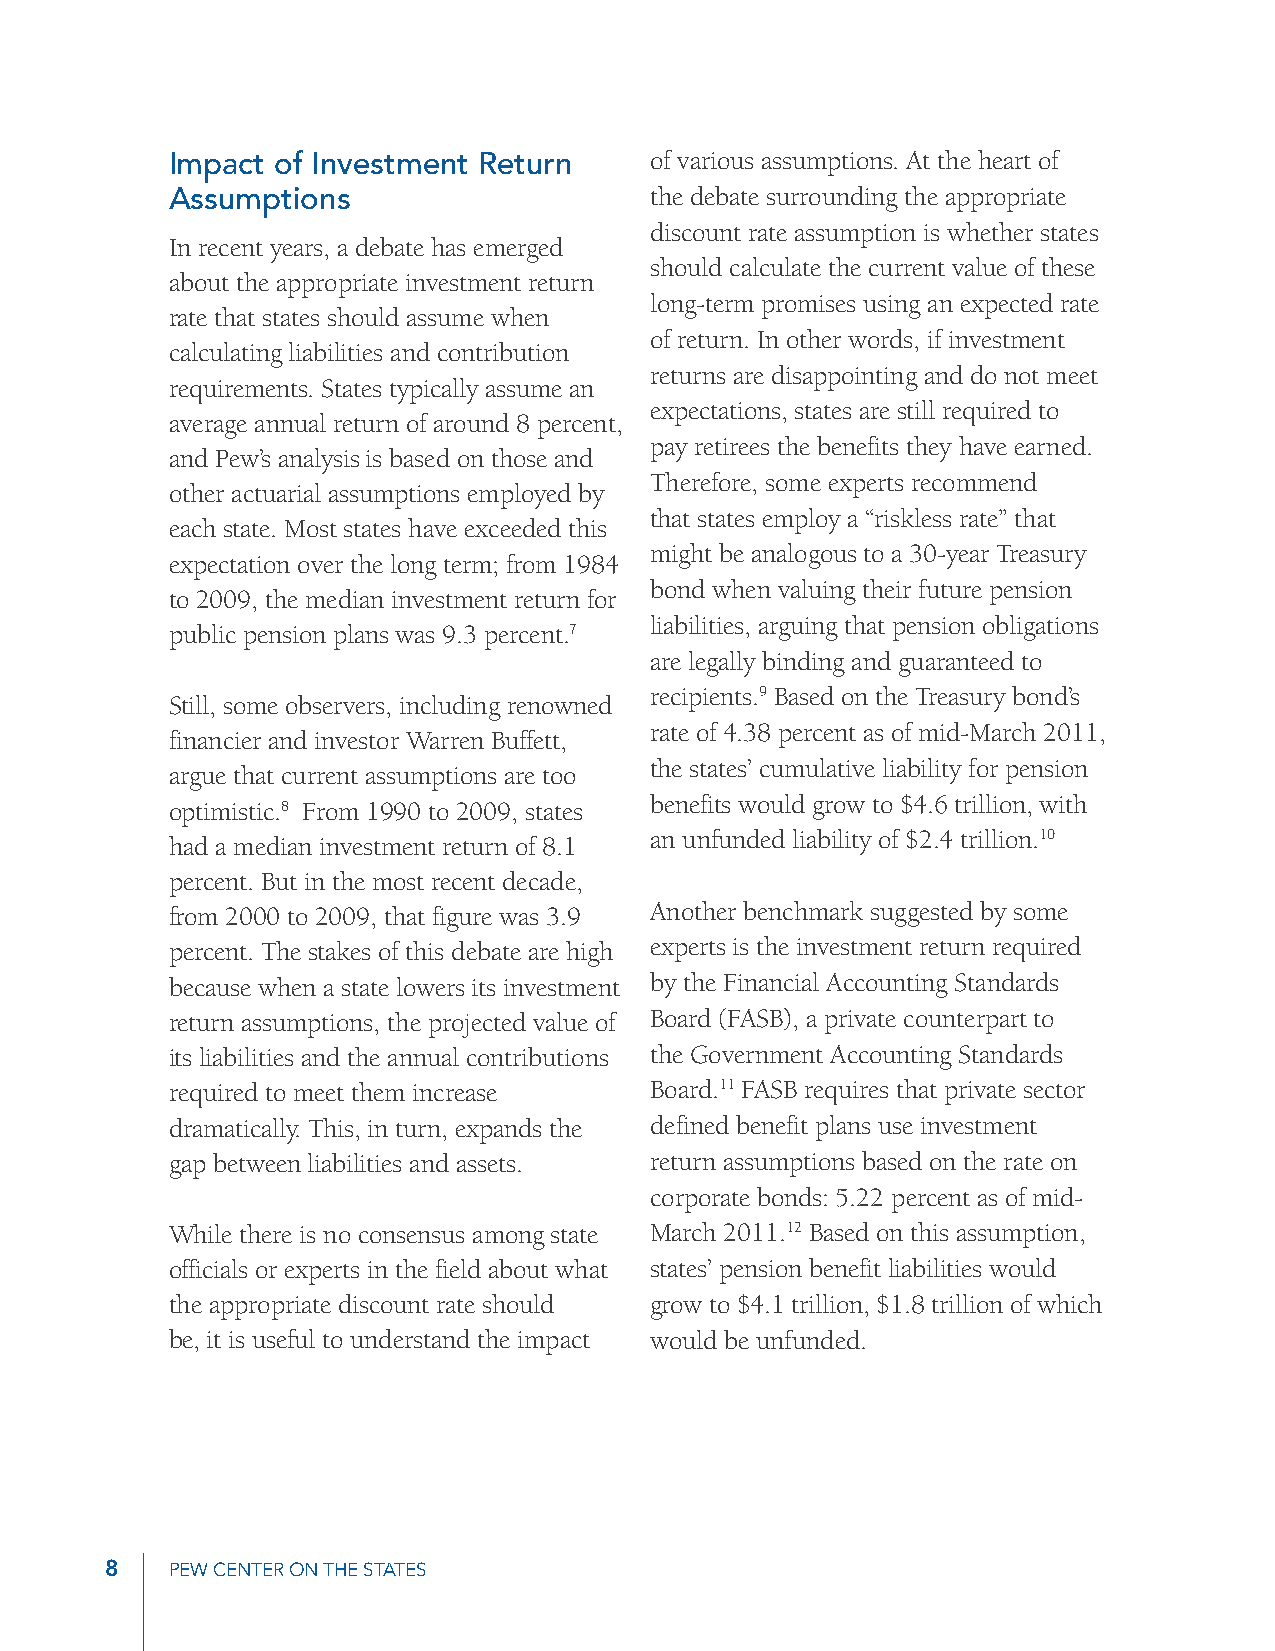
Impact of Investment Return     of various assumptions. At the heart of
 Assumptions                     the debate surrounding the appropriate
 discount rate assumption is whether states
 In recent years, a debate has emerged
 should calculate the current value of these
 about the appropriate investment return
 long-term promises using an expected rate
 rate that states should assume when
 of return. In other words, if investment
 calculating liabilities and contribution
 returns are disappointing and do not meet
 requirements. States typically assume an
 expectations, states are still required to
 average annual return of around 8 percent,
 pay retirees the benefits they have earned.
 and Pew’s analysis is based on those and
 Therefore, some experts recommend
 other actuarial assumptions employed by
 that states employ a “riskless rate” that
 each state. Most states have exceeded this
 might be analogous to a 30-year Treasury
 expectation over the long term; from 1984
 bond when valuing their future pension
 to 2009, the median investment return for
 liabilities, arguing that pension obligations
 public pension plans was 9.3 percent.7
 are legally binding and guaranteed to
 recipients.9 Based on the Treasury bond’s
 Still, some observers, including renowned
 rate of 4.38 percent as of mid-March 2011,
 financier and investor Warren Buffett,
 the states’ cumulative liability for pension
 argue that current assumptions are too
 optimistic.8 From 1990 to 2009, states benefits would grow to $4.6 trillion, with
 an unfunded liability of $2.4 trillion.10
 had a median investment return of 8.1
 percent. But in the most recent decade,
 from 2000 to 2009, that figure was 3.9 Another benchmark suggested by some
 percent. The stakes of this debate are high experts is the investment return required
 because when a state lowers its investment by the Financial Accounting Standards
 return assumptions, the projected value of Board (FASB), a private counterpart to
 its liabilities and the annual contributions the Government Accounting Standards
 required to meet them increase  Board.11 FASB requires that private sector
 dramatically. This, in turn, expands the defined benefit plans use investment
 gap between liabilities and assets. return assumptions based on the rate on
 corporate bonds: 5.22 percent as of mid-
 While there is no consensus among state March 2011.12 Based on this assumption,
 officials or experts in the field about what states’ pension benefit liabilities would
 the appropriate discount rate should grow to $4.1 trillion, $1.8 trillion of which
 be, it is useful to understand the impact would be unfunded.
 8   Pew Center on the StateS